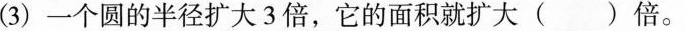
(3)一个圆的半径扩大3倍，它的面积就扩大()倍。